Civil Veterinary Dept. Bombay admin report 1923-31 - 1923-1931
Year: 1923
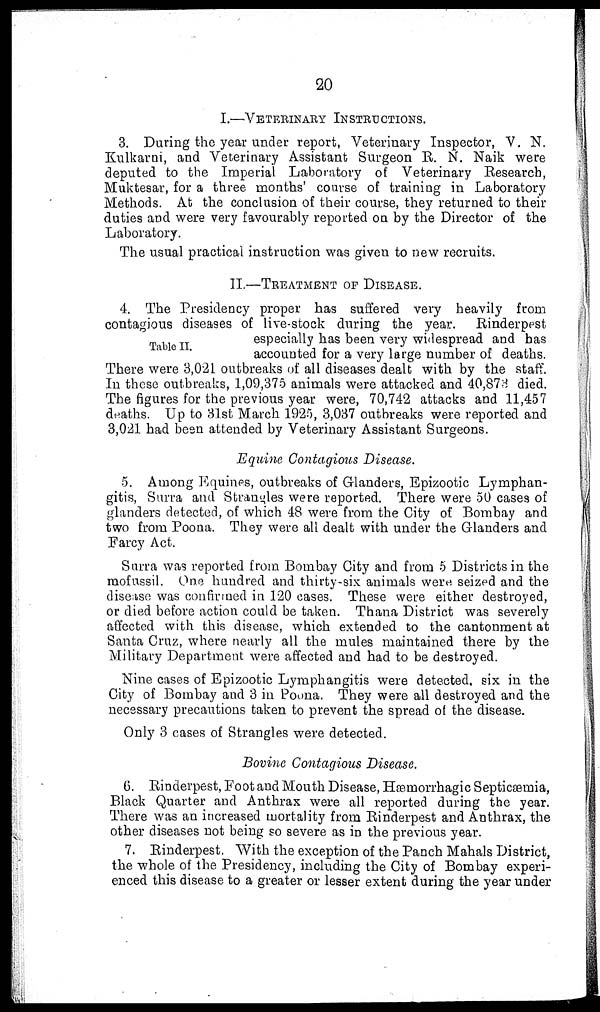
20
I.—VETERINARY INSTRUCTIONS.
3. Daring the year under report, Veterinary Inspector, V. N.
Kulkarni, and Veterinary Assistant Surgeon E. N. Naik were
deputed to the Imperial Laboratory of Veterinary Research,
Muktesar, for a three months' course of training in Laboratory
Methods. At the conclusion of their course, they returned to their
duties and were very favourably reported on by the Director of the
Laboratory.
The usual practical instruction was given to new recruits.
II.—TREATMENT OF DISEASE.
Table II.
4. The Presidency proper has suffered very heavily from
contagious diseases of live-stock during the year. Rinderpest
especially has been very widespread and has
accounted for a very large number of deaths.
There were 3,021 outbreaks of all diseases dealt with by the staff.
In these outbreaks, 1,09,375 animals were attacked and 40,873 died.
The figures for the previous year were, 70,742 attacks and 11,457
deaths. Up to 31st March 1925, 3,037 outbreaks were reported and
3,021 had been attended by Veterinary Assistant Surgeons.
Equine Contagious Disease.
5. Among Equines, outbreaks of Glanders, Epizootic Lymphan-
gitis, Surra and Strangles were reported. There were 50 case9 of
glanders detected, of which 48 were from the City of Bombay and
two from Poona. They were all dealt with under the Glanders and
Farcy Act.
Surra was reported from Bombay City and from 5 Districts in the
mofussil. One hundred and thirty-six animals were seized and the
disease was confirmed in 120 cases. These were either destroyed,
or died before action could be taken. Thana District was severely
affected with this disease, which extended to the cantonment at
Santa Cruz, where nearly all the mules maintained there by the
Military Department were affected and had to be destroyed.
Nine cases of Epizootic Lymphangitis were detected, six in the
City of Bombay and 3 in Poona. They were all destroyed and the
necessary precautions taken to prevent the spread of the disease.
Only 3 cases of Strangles were detected.
Bovine Contagious Disease.
6. Rinderpest, Foot and Mouth Disease, Hæmorrhagic Septicaemia,
Black Quarter and Anthrax were all reported during the year.
There was an increased mortality from Rinderpest and Anthrax, the
other diseases not being so severe as in the previous year.
7. Rinderpest. With the exception of the Panch Mahals District,
the whole of the Presidency, including the City of Bombay experi-
enced this disease to a greater or lesser extent during the year under